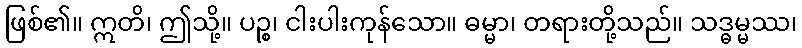
ဖြစ်၏။ ဣတိ၊ ဤသို့။ ပဉ္စ၊ ငါးပါးကုန်သော။ ဓမ္မာ၊ တရားတို့သည်။ သဒ္ဓမ္မဿ၊